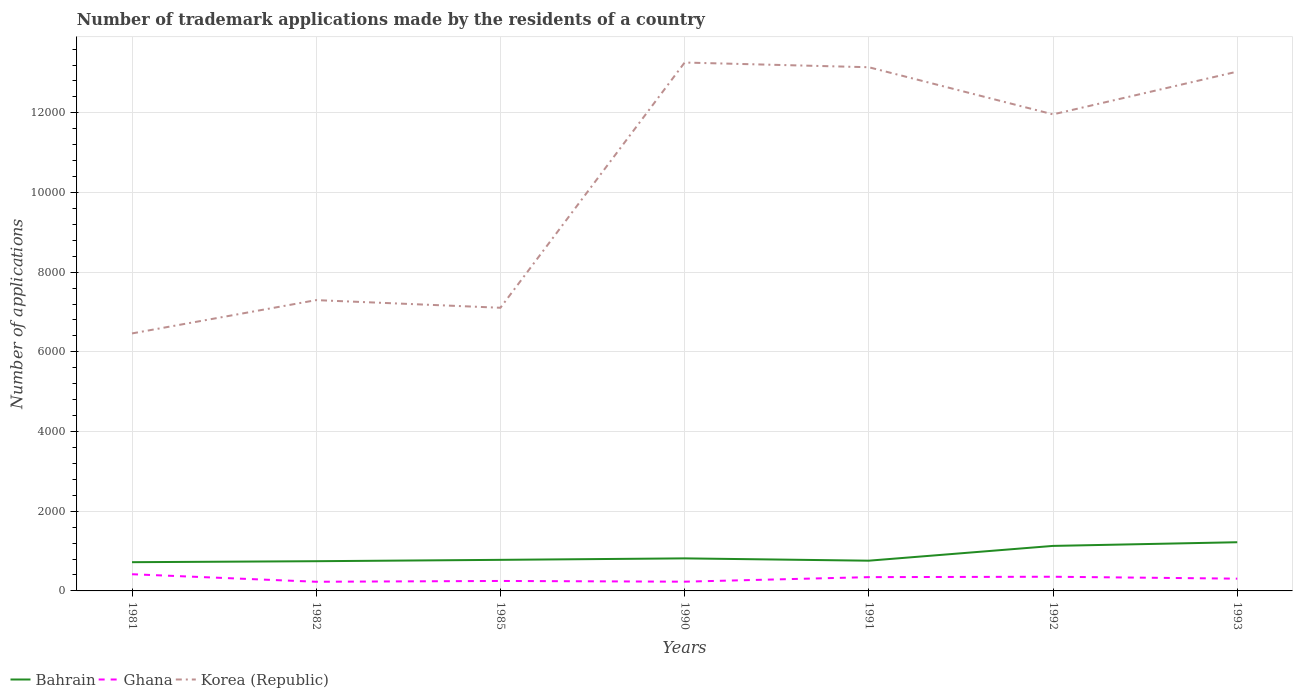
| Years | Bahrain | Ghana | Korea (Republic) |
 | --- | --- | --- | --- |
 | 1981 | 721 | 419 | 6.46e+03 |
 | 1982 | 746 | 230 | 7.3e+03 |
 | 1985 | 780 | 250 | 7.11e+03 |
 | 1990 | 817 | 232 | 1.33e+04 |
 | 1991 | 759 | 346 | 1.31e+04 |
 | 1992 | 1.13e+03 | 356 | 1.2e+04 |
 | 1993 | 1.22e+03 | 308 | 1.3e+04 |